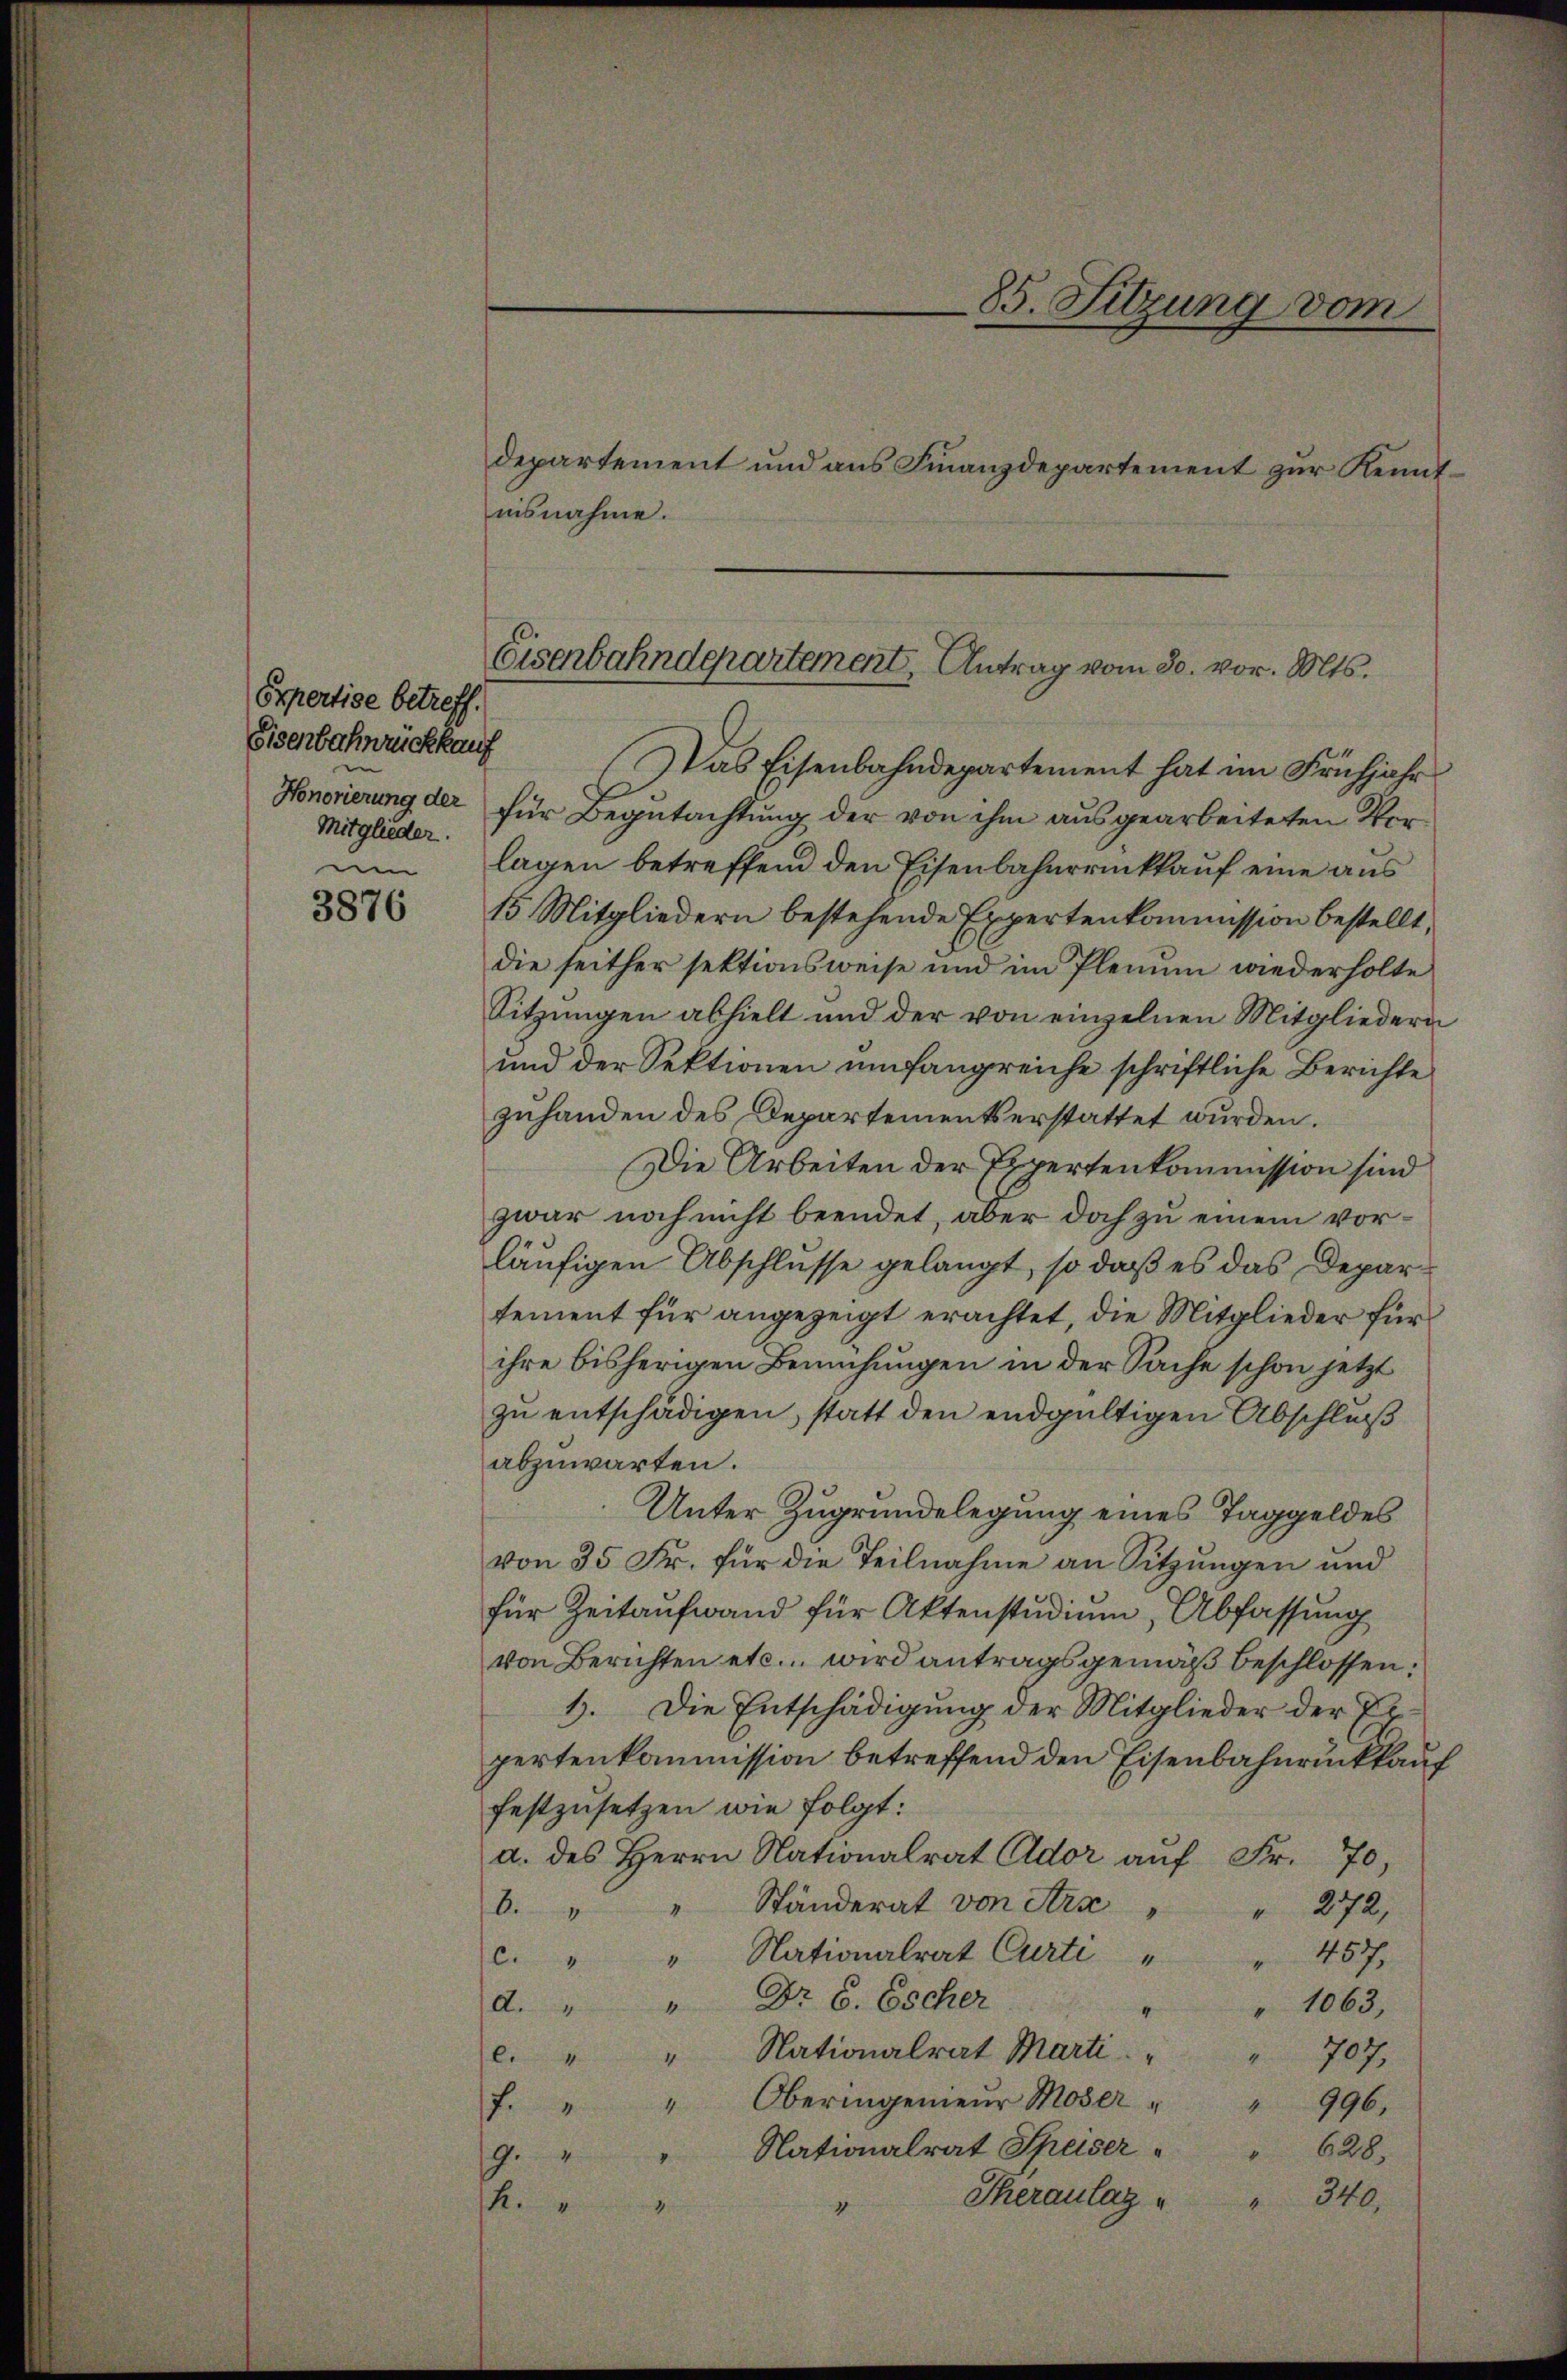
Orpertise betreff.
Eisenbahnrückkauf
Mitglieder.

3876

nisnahme.

85. Sitzung vom
departement und aus Finanzdepartement zur Kennt¬

Das Eisenbahndepartement hat im Frühjahr
Honorierung der für Begutachtung der von ihm ausgearbeiteten Vorum lagen betreffend den Eisenbahnrrückkauf eine aus
15 Mitgliedern bestehende Expertenkommission bestellt,
die seither sektionsweise und im Plenum wiederholte
Sitzungen abhielt und der von einzelnen Mitgliedern
und der Sektionen umfangreiche schriftliche Berichte
zuhanden des Departementserstattet wurden.
Die Arbeiten der Expertenkommission sind
zwar noch nicht beendet, aber doch zu einem vorläufigen Abschlusse gelangt, so daß es das Departement für angezeigt erachtet, die Mitglieder für
ihre bisherigen Bemühungen in der Sache schon jetzt
zu entschädigen, statt den endgültigen Abschluß
abzuwarten.
Unter Zugrundelegung eines Taggeldes
von 35 Fr. für die Teilnahme an Sitzungen und
für Zeitaufwand für Aktenstudium, Abfassung
von Berichten etc. wird antragsgemäß beschlossen:
1. Die Entschädigung der Mitglieder der Er
pertenkommission betreffend den Eisenbahnrückkauf
festzusetzen wie folgt:
d. des Herrn Nationalrat Eldor aŭf Fr. 70,
b. " " Ständerat von Ara
 272,
457.
c. " " Nationalrat Curti
g
" Dr. 6. Escher
d.
" 1063,
Nationalrat Marti. " " 707,
l. 4
Oberingenieŭr Moser " " 996.
f
Nationalrat Speiser " " 628.
9.
Theraulag
" 340,
4.
4

Eisenbahndepartement, Antrag vom 30. vor. Mts.